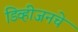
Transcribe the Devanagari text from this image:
डिव्हीजनचे